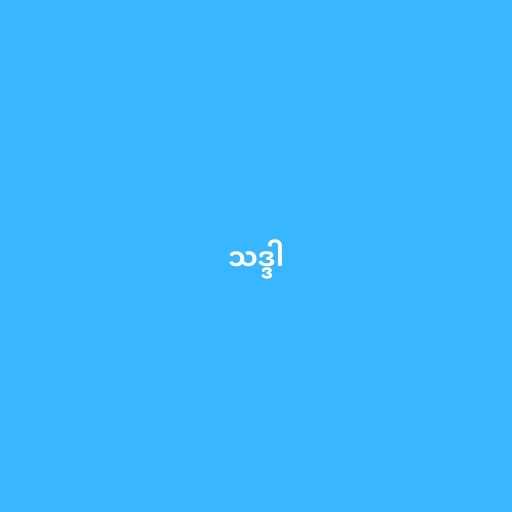
သဒ္ဒါ